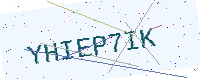
Text: YHIEP7IK